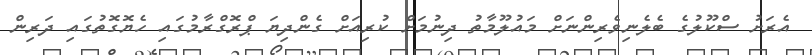
އެރަށު ސްކޫލުގެ ބެލެނިވެރިންނަށް މައުލޫމާތު ދިނުމަށް ކުރިއަށް ގެންދިޔަ ޕްރޮގްރާމުގައި ހެޔޮގޮތުގައި ދަރިން